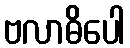
ဗလာဓိပေါ